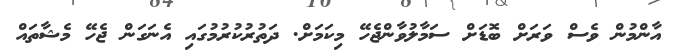
އާންމުން ވެސް ވަރަށް ބޮޑަށް ސަމާލުވާންޖެހޭ މިކަމަށް. ދަތުރުކުރުމުގައި އެނަގަން ޖެހޭ މެޝާތައް